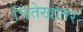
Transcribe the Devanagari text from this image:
चिंतेखातर